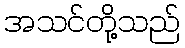
အသင်တို့သည်